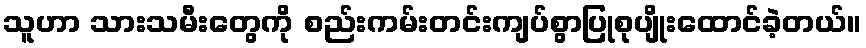
သူဟာ သားသမီးတွေကို စည်းကမ်းတင်းကျပ်စွာပြုစုပျိုးထောင်ခဲ့တယ်။